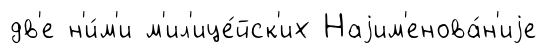
дв'е н'и́м'и м'ил'ице́йск'их Наjим'енова́н'иjе